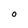
Character: O